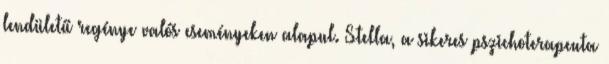
lendületű regénye valós eseményeken alapul. Stella, a sikeres pszichoterapeuta